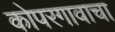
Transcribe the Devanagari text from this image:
कोपरगावाचा